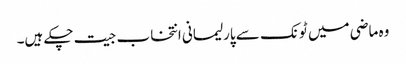
وہ ماضی میں ٹونک سے پارلیمانی انتخاب جیت چکے ہیں۔